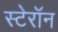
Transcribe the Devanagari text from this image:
स्टेरॉन